system: You are a helpful assistant.
user:
Analyze the provided spectrum to determine if it is a **M-type Giant (gM)**.

A M-type Giant spectrum is defined by its **strong molecular absorption** features, particularly from **Titanium Oxide (TiO)**. You must check for one of the following mutually exclusive signatures:

- **Key Visual Indicators (Absorption-Dominated Spectrum):**

    - **(Primary):** The spectrum is dominated by strong molecular absorption from **Titanium Oxide (TiO)**. This is the **defining feature** of its M-type temperature class.
        - **(Key Bandheads):** Look for sharp, "saw-tooth" absorption valleys. The strongest are located near **~7050 Å**, **~6160 Å**, and **~5170 Å**.
        - **(Line Profile):** The "saw-tooth" morphology is critical: a **sharp, steep drop on the BLUE (short-wavelength) side** of the bandhead, followed by a gradual recovery (rising flux) towards the RED (long-wavelength) side.

    - **(Key Confirmation - Giant vs. Dwarf):** **ABSENCE** of strong **Calcium Hydride (CaH)** molecular bands. This is the primary diagnostic for *excluding* M-dwarfs.
        - **(Key Region):** The spectrum should lack the strong, broad absorption band seen in dwarfs between **~6800 Å and ~7000 Å**.

    - **(Secondary Confirmation - Giant):** A very strong and broad **Neutral Calcium (Ca I)** atomic absorption line.
        - **(Key Line):** Located at **~4226 Å**. In a giant (gM), this line is significantly deeper and broader than the same line in an M-dwarf (dM) due to low surface gravity.

    - **(Overall Spectrum):**
        - The continuum is **extremely red-sloping** (i.e., flux is very low in the blue and rises dramatically towards the red).
        - The entire spectrum appears "chopped up" by the deep TiO bands.

Think first, call **spectral_visualization_tool** if needed to examine features in detail, then provide your final answer. Your response must adhere to the following strict rules:
1.  **Overall Structure:** Your response must follow the format `<think>...</think> <tool_call>...</tool_call> (if a tool is used) <answer>...</answer>`.
2.  **Tool Usage Constraint:** You may only make **one** tool call per turn.
3.  **Final Answer Format:** In the `<answer>` tag, your conclusion must be inside a `\boxed{}` command (e.g., `\boxed{YES}` or `\boxed{NO}`), followed by your justification.

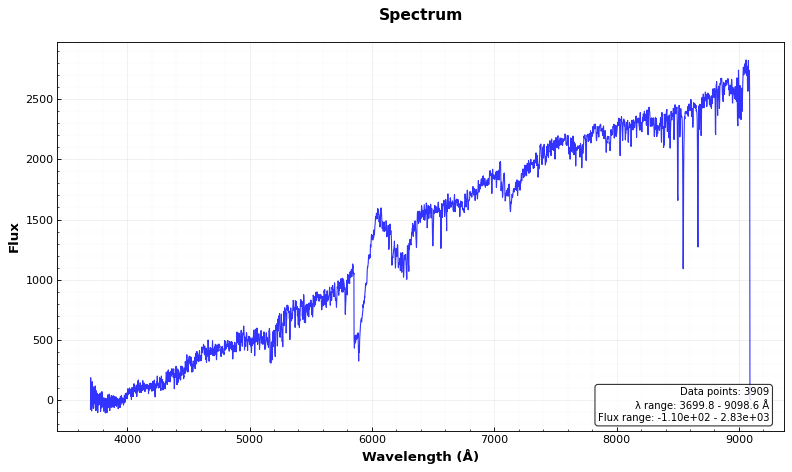
Answer: NO